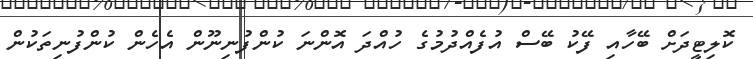
ކޮލިޓީދަށް ބޭހާއި ފޭކު ބޭސް އުފެއްދުމުގެ ހުއްދަ އޮންނަ ކުންފުނިނޫން އެހެން ކުންފުނިތަކުން